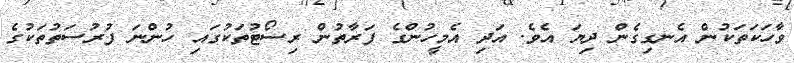
ވާހަކަތަކުން އެނގިގެން ދިޔަ އެވެ. އަދި އެމީހުންގެ ފަރާތުން ރިސޯޓުތަކުގައި ހުންނަ ފުރުސަތުތަކުގެ